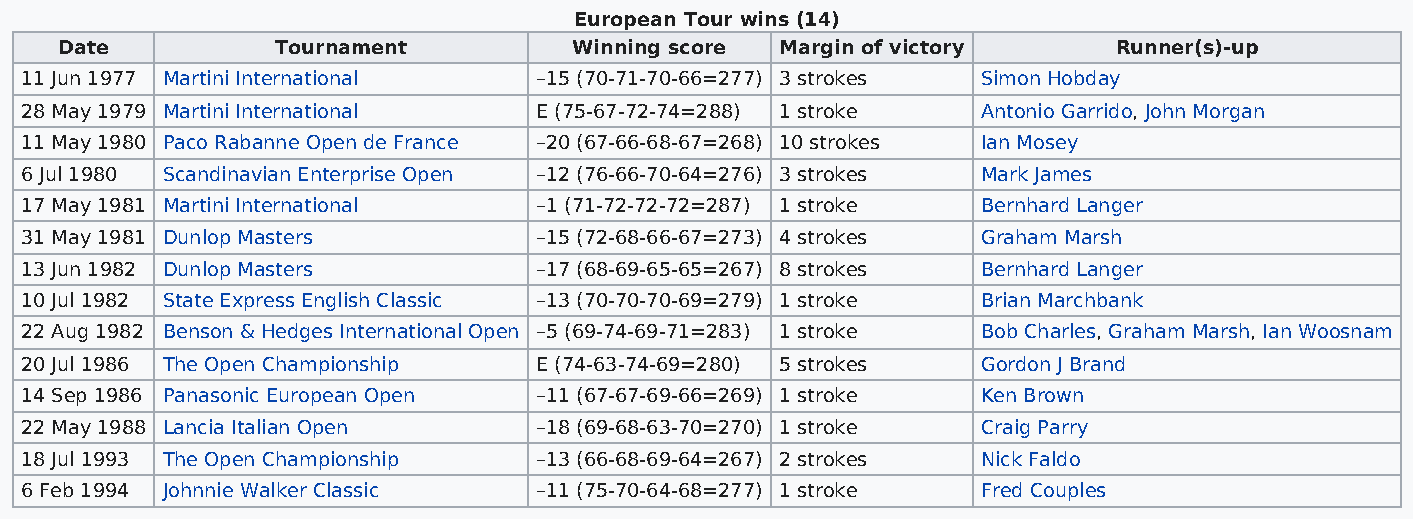
European Tour wins (14)
 Date          Tournament          Winning score Margin of victory     Runner(s)-up
 11 Jun 1977 Martini International –15 (70-71-70-66=277) 3 strokes Simon Hobday
 28 May 1979 Martini International E (75-67-72-74=288) 1 stroke  Antonio Garrido, John Morgan
 11 May 1980 Paco Rabanne Open de France –20 (67-66-68-67=268) 10 strokes Ian Mosey
 6 Jul 1980 Scandinavian Enterprise Open –12 (76-66-70-64=276) 3 strokes Mark James
 17 May 1981 Martini International –1 (71-72-72-72=287) 1 stroke Bernhard Langer
 31 May 1981 Dunlop Masters        –15 (72-68-66-67=273) 4 strokes Graham Marsh
 13 Jun 1982 Dunlop Masters        –17 (68-69-65-65=267) 8 strokes Bernhard Langer
 10 Jul 1982 State Express English Classic –13 (70-70-70-69=279) 1 stroke Brian Marchbank
 22 Aug 1982 Benson & Hedges International Open –5 (69-74-69-71=283) 1 stroke Bob Charles, Graham Marsh, Ian Woosnam
 20 Jul 1986 The Open Championship E (74-63-74-69=280) 5 strokes Gordon J Brand
 14 Sep 1986 Panasonic European Open –11 (67-67-69-66=269) 1 stroke Ken Brown
 22 May 1988 Lancia Italian Open   –18 (69-68-63-70=270) 1 stroke Craig Parry
 18 Jul 1993 The Open Championship –13 (66-68-69-64=267) 2 strokes Nick Faldo
 6 Feb 1994 Johnnie Walker Classic –11 (75-70-64-68=277) 1 stroke Fred Couples